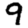
Digit: 9